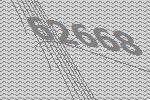
62668